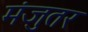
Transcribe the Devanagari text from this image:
मंजुतर